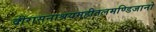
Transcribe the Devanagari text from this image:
वीरासनाश्रयमहीतलमण्डिजानो